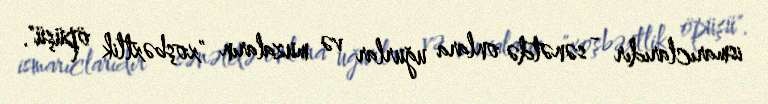
ismarıclarıdır - sənətdə onlara uğurlar və muzaların "xoşbəxtlik öpüşü".